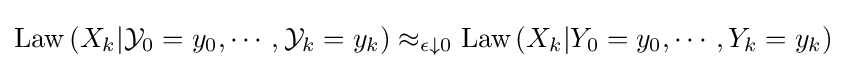
{\text{Law}}\left(X_{k}|{\mathcal {Y}}_{0}=y_{0},\cdots ,{\mathcal {Y}}_{k}=y_{k}\right)\approx _{\epsilon \downarrow 0}{\text{Law}}\left(X_{k}|Y_{0}=y_{0},\cdots ,Y_{k}=y_{k}\right)